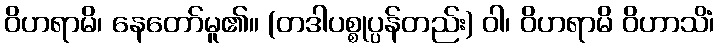
ဝိဟရာမိ၊ နေတော်မူ၏။ (တဒါပစ္စုပ္ပန်တည်း) ဝါ၊ ဝိဟရာမိ ဝိဟာသိံ၊